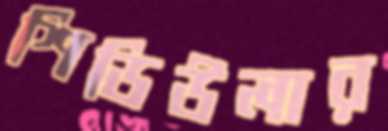
শিডিউলার